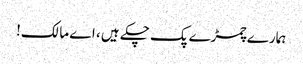
ہمارے چمڑے پک چکے ہیں ، اے مالک!